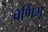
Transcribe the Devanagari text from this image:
वर्णिम